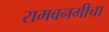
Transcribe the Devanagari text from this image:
रामवनमीचा